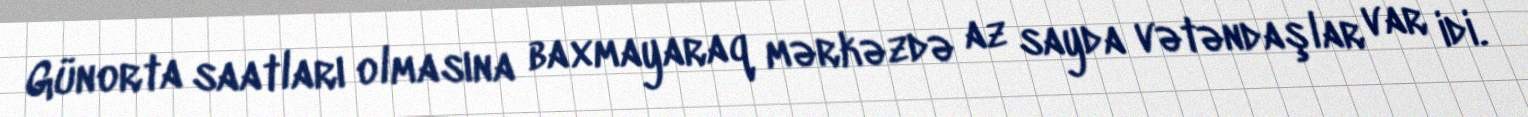
Günorta saatları olmasına baxmayaraq mərkəzdə az sayda vətəndaşlar var idi.